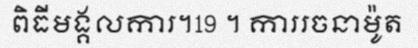
ពិធីមង្គលការ។19 ។ ការរចនាម៉ូត